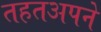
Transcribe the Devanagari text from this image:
तहतअपने